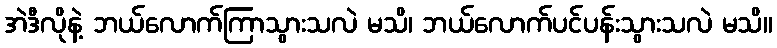
အဲဒီလိုနဲ့ ဘယ်လောက်ကြာသွားသလဲ မသိ၊ ဘယ်လောက်ပင်ပန်းသွားသလဲ မသိ။